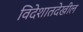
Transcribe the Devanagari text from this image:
विदेशातदेखील